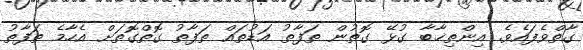
ގާތްވެފައެވެ. އިންތިޚާބާ ގުޅޭ ގޮތުން ތަފާތު އަޑުތައް ތަފާތު ގޮތްގޮތަށް އެހާމެ ތަފާތު